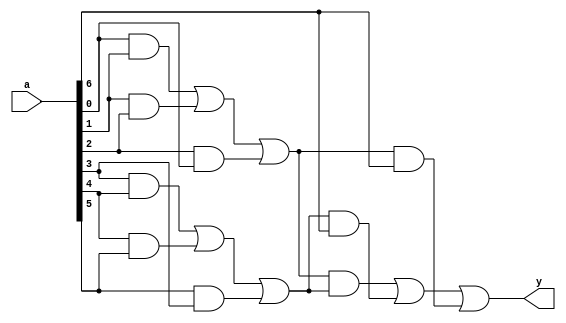
`timescale 1ns / 1ps

module mg_7(a,y);
input [6:0]a;
output y;
wire [1:0]x;
assign x[0] = a[0]&a[1] | a[1]&a[2] | a[2]&a[0];
assign x[1] = a[3]&a[4] | a[4]&a[5] | a[5]&a[3];

assign y = x[0]&x[1] | x[1]&a[6] | x[0]&a[6];
endmodule